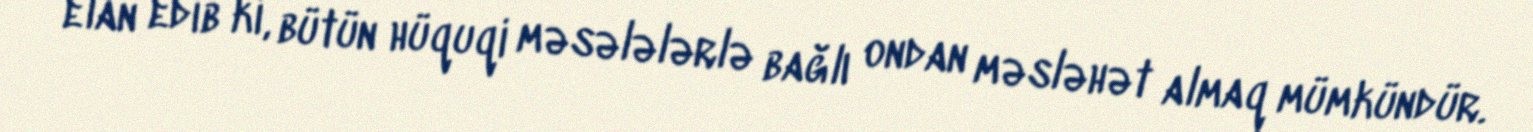
elan edib ki, bütün hüquqi məsələlərlə bağlı ondan məsləhət almaq mümkündür.